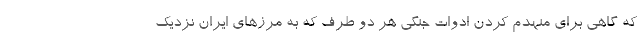
که گاهی برای منهدم کردن ادوات جنگی هر دو طرف که به مرزهای ایران نزدیک